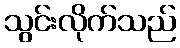
သွင်းလိုက်သည်